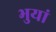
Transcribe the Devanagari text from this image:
भुयां